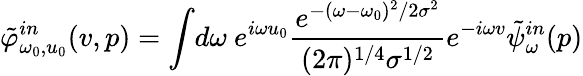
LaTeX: \tilde{\varphi}_{\omega_{0},u_{0}}^{in}(v,p)=\int\! d\omega\ e^{i\omega u_{0}}{\frac{e^{-(\omega-\omega_{0})^{2}/2\sigma^{2}}}{({2\pi})^{1/4}\sigma^{1/2}}}e^{-i\omega v}{\tilde{\psi}}_{\omega}^{in}(p)